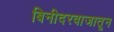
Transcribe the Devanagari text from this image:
बिनीदरवाजातून